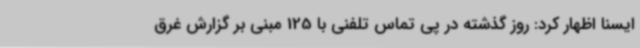
ایسنا اظهار کرد: روز گذشته در پی تماس تلفنی با 125 مبنی بر گزارش غرق